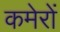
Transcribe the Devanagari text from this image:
कमेरों